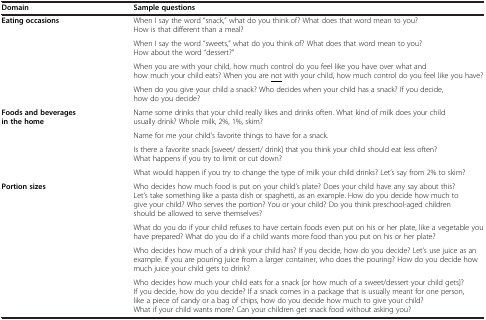
| Domain | Sample questions |
 | --- | --- |
 | <ROWSPAN=4> Eating occasions | When I say the word “snack,” what do you think of? What does that word mean to you? How is that different than a meal? |
 | When I say the word “sweets,” what do you think of? What does that word mean to you? How about the word “dessert?” |
 | When you are with your child, how much control do you feel like you have over what and how much your child eats? When you are <underline>not</underline> with your child, how much control do you feel like you have? |
 | When do you give your child a snack? Who decides when your child has a snack? If you decide, how do you decide? |
 | <ROWSPAN=4> Foods and beverages in the home | Name some drinks that your child really likes and drinks often. What kind of milk does your child usually drink? Whole milk, 2%, 1%, skim? |
 | Name for me your child’s favorite things to have for a snack. |
 | Is there a favorite snack [sweet/ dessert/ drink] that you think your child should eat less often? What happens if you try to limit or cut down? |
 | What would happen if you try to change the type of milk your child drinks? Let’s say from 2% to skim? |
 | <ROWSPAN=3> Portion sizes | Who decides how much food is put on your child’s plate? Does your child have any say about this? Let’s take something like a pasta dish or spaghetti, as an example. How do you decide how much to give your child? Who serves the portion? You or your child? Do you think preschool-aged children should be allowed to serve themselves? |
 | What do you do if your child refuses to have certain foods even put on his or her plate, like a vegetable you have prepared? What do you do if a child wants more food than you put on his or her plate? |
 | Who decides how much of a drink your child has? If you decide, how do you decide? Let’s use juice as an example. If you are pouring juice from a larger container, who does the pouring? How do you decide how much juice your child gets to drink? |
 |  | Who decides how much your child eats for a snack [or how much of a sweet/dessert your child gets]? If you decide, how do you decide? If a snack comes in a package that is usually meant for one person, like a piece of candy or a bag of chips, how do you decide how much to give your child? What if your child wants more? Can your children get snack food without asking you? |